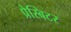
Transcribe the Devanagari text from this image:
प्रेस्बिटर